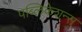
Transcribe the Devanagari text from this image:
पब्‍लिकेशन्‍स